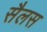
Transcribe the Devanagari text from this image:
सैलस